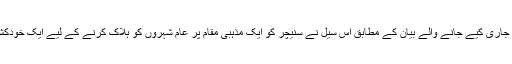
ایف بی ایس کی جانب سے اتوار کو جاری کیے جانے والے بیان کے مطابق اس سیل نے سنیچر کو ایک مذہبی مقام پر عام شہروں کو ہلاک کرنے کے لیے ایک خودکش حملے کی منصوبہ بندی کی تھی۔